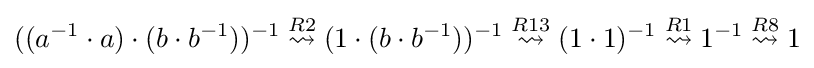
((a^{-1}\cdot a)\cdot (b\cdot b^{-1}))^{-1}\mathrel {\overset {R2}{\rightsquigarrow }} (1\cdot (b\cdot b^{-1}))^{-1}\mathrel {\overset {R13}{\rightsquigarrow }} (1\cdot 1)^{-1}\mathrel {\overset {R1}{\rightsquigarrow }} 1^{-1}\mathrel {\overset {R8}{\rightsquigarrow }} 1